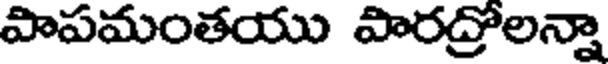
పాపమంతయు పారద్రోలన్నా